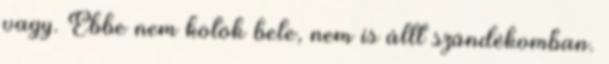
vagy. Ebbe nem kötök bele, nem is állt szándékomban.